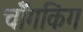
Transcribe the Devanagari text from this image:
चॉँगकिंग